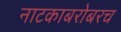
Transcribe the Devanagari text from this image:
नाटकाबरोबरच